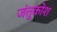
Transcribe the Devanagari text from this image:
जंतुकोश